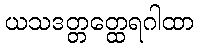
ယသဒတ္တတ္ထေရဂါထာ